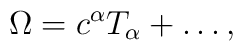
\Omega=c^\alpha T_\alpha+\ldots,